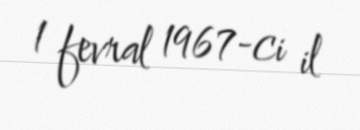
1 fevral 1967-ci il